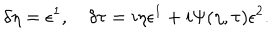
LaTeX: \delta \eta = \epsilon ^ { 1 } , \quad \delta \tau = i \eta \epsilon ^ { 1 } + i \Psi ( \eta , \tau ) \epsilon ^ { 2 } .